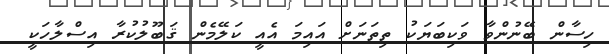
ހިސާން ބޭނުންވާ ވަކިބަޔަކު ތިތަނަށް އައިމަ އެއީ ކަލޭމެން ޤަބޫލުކުރާ އިސްލާހަކީ